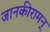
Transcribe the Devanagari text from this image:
जानकीरामन्